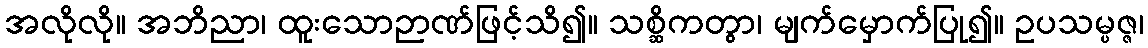
အလိုလို။ အဘိညာ၊ ထူးသောဉာဏ်ဖြင့်သိ၍။ သစ္ဆိကတွာ၊ မျက်မှောက်ပြု၍။ ဥပသမ္ပဇ္ဇ၊